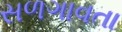
સળગાવતા